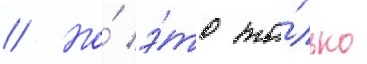
// Но́ э́то то́лько